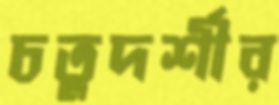
চতুদর্শীর